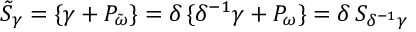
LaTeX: \tilde { S } _ { \gamma } = \{ \gamma + P _ { \tilde { \omega } } \} = \delta \, \{ \delta ^ { - 1 } \gamma + P _ { \omega } \} = \delta \, S _ { \delta ^ { - 1 } \gamma }